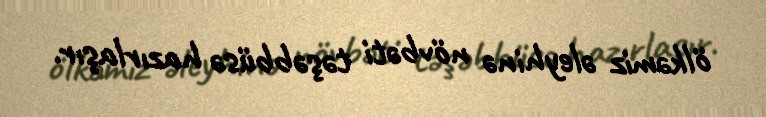
ölkəmiz əleyhinə növbəti təşəbbüsə hazırlaşır.